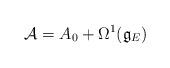
LaTeX: \begin{gather*}\mathcal{A}=A_{0}+\Omega^{1} (\mathfrak{g}_{E} )\end{gather*}